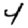
Digit: 4